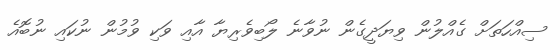
ސިއްހަތަށް ގެއްލުން ވިޔަދީގެން ނުވާނެ ލޯބިވެރިޔާ އާއި ވަކި ވުމުން ނުކައި ނުބޮއެ